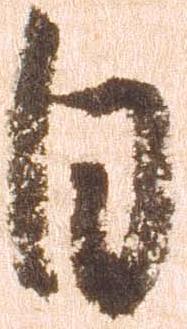
自